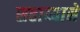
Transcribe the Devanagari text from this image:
सहाय्यानें